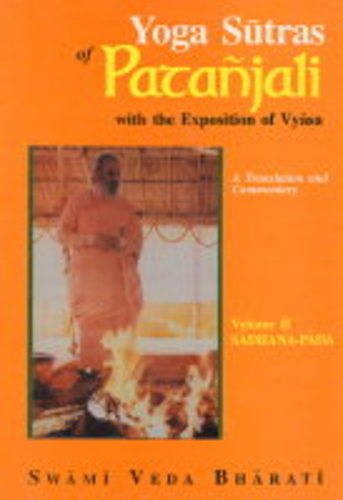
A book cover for Yoga Sutras of Patanjali (with the Exposition of Vyasa), (Vol. II: Sadhana-Pada) (Vol 2); Swami Veda Bharati; Religion & Spirituality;